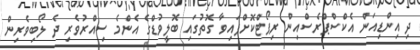
ދި އިންޑިއަން އެކްސްޕްރެސްއިން ރިޕޯޓްކޮށްފައިވާ ގޮތުގައި ބޮލީވުޑްގެ އެންމެ ސިއްރުވެރި ދެ ލޯބިވެރިން